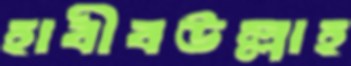
হাবীবউল্লাহ